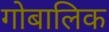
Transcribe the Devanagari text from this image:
गोबालिक